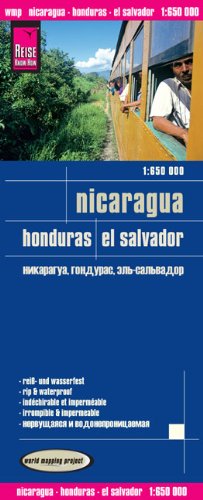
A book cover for Nicaragua, Honduras, El Salvador = Nikaragua, Gonduras, Sal'vador; Reise Know-How Verlag; Travel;